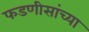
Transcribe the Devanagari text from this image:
फडणीसांच्या